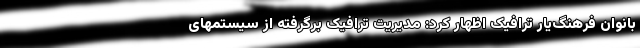
بانوان فرهنگ‌یار ترافیک اظهار کرد: مدیریت ترافیک برگرفته از سیستمهای